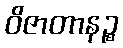
ဝိဇာတာနဉ္စ